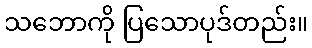
သဘောကို ပြသောပုဒ်တည်း။